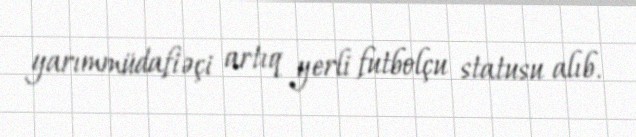
yarımmüdafiəçi artıq yerli futbolçu statusu alıb.